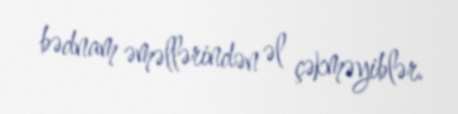
bədnam əməllərindən əl çəkməyiblər.